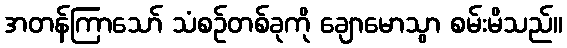
အတန်ကြာသော် သံစဉ်တစ်ခုကို ချောမောသွာ စမ်းမိသည်။